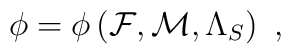
{\cal \phi}={\cal \phi}\left({\cal F},{\cal M},{\Lambda_S}\right) \ ,